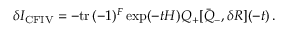
\delta I _ { \mathrm { C F I V } } = - \mathrm { t r } \, ( - 1 ) ^ { F } \exp ( - t H ) Q _ { + } [ \bar { Q } _ { - } , \delta R ] ( - t ) \, .